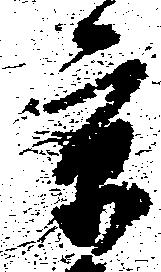
京